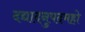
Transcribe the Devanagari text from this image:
दद्यादनुपदमहो